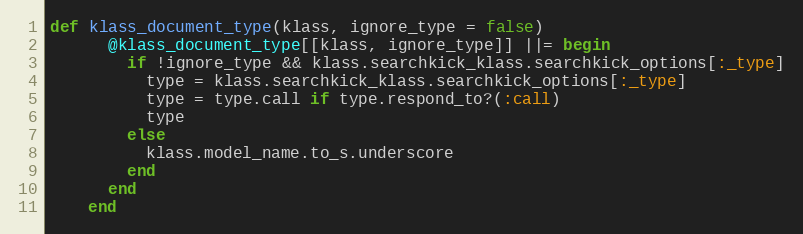
Language: Ruby
def klass_document_type(klass, ignore_type = false)
      @klass_document_type[[klass, ignore_type]] ||= begin
        if !ignore_type && klass.searchkick_klass.searchkick_options[:_type]
          type = klass.searchkick_klass.searchkick_options[:_type]
          type = type.call if type.respond_to?(:call)
          type
        else
          klass.model_name.to_s.underscore
        end
      end
    end